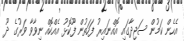
އެހެން ކަމުން ސަޖިދާގައި އޮއްނައިރު ފަހަތުން ފޫކޮޅު އެއްކޮއް ނިވާވާ ވަރުގެ ދޫ